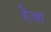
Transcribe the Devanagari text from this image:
हैआ